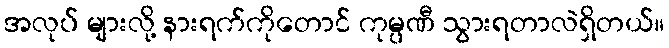
အလုပ် များလို့ နားရက်ကိုတောင် ကုမ္ပဏီ သွားရတာလဲရှိတယ်။